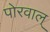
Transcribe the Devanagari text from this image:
पोरवाल्